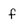
Character: f